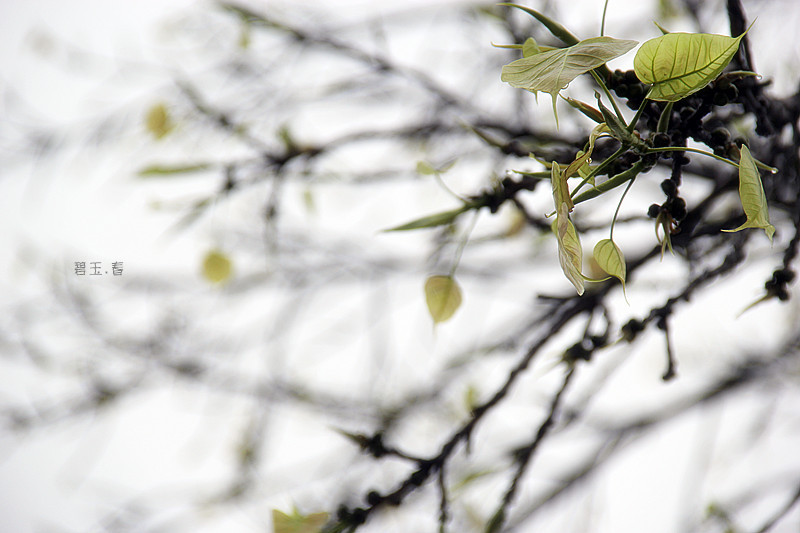
枝枝相纠结，叶叶竞飘扬。